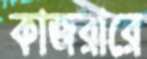
কাজরারে